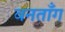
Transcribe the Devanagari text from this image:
वनताँग